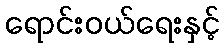
ရောင်းဝယ်ရေးနှင့်